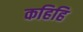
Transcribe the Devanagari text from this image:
कहिहि